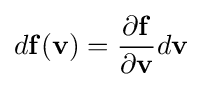
d\mathbf {f} (\mathbf {v} )={\frac {\partial \mathbf {f} }{\partial \mathbf {v} }}d\mathbf {v}